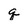
Character: q